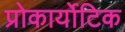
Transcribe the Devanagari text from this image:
प्रोकार्योटिक